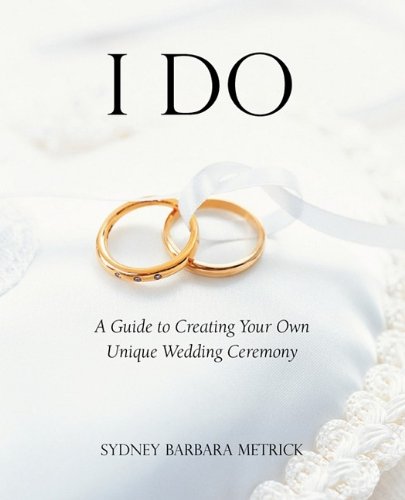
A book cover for I Do: A Guide to Creating Your Own Unique Wedding Ceremony; Sydney Barbara Metrick; Crafts, Hobbies & Home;